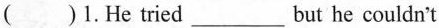
()1.He tried___but he couldn't